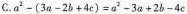
C.$$a ^ { 2 } - ( 3 a - 2 b + 4 c ) = a ^ { 2 } - 3 a + 2 b - 4 c$$